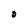
Character: O